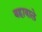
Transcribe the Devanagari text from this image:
बहावाले